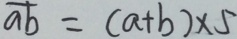
\overline { a b } = ( a + b ) \times 5